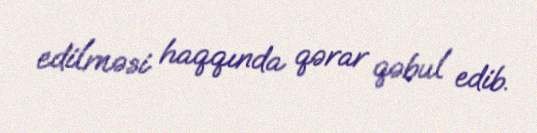
edilməsi haqqında qərar qəbul edib.